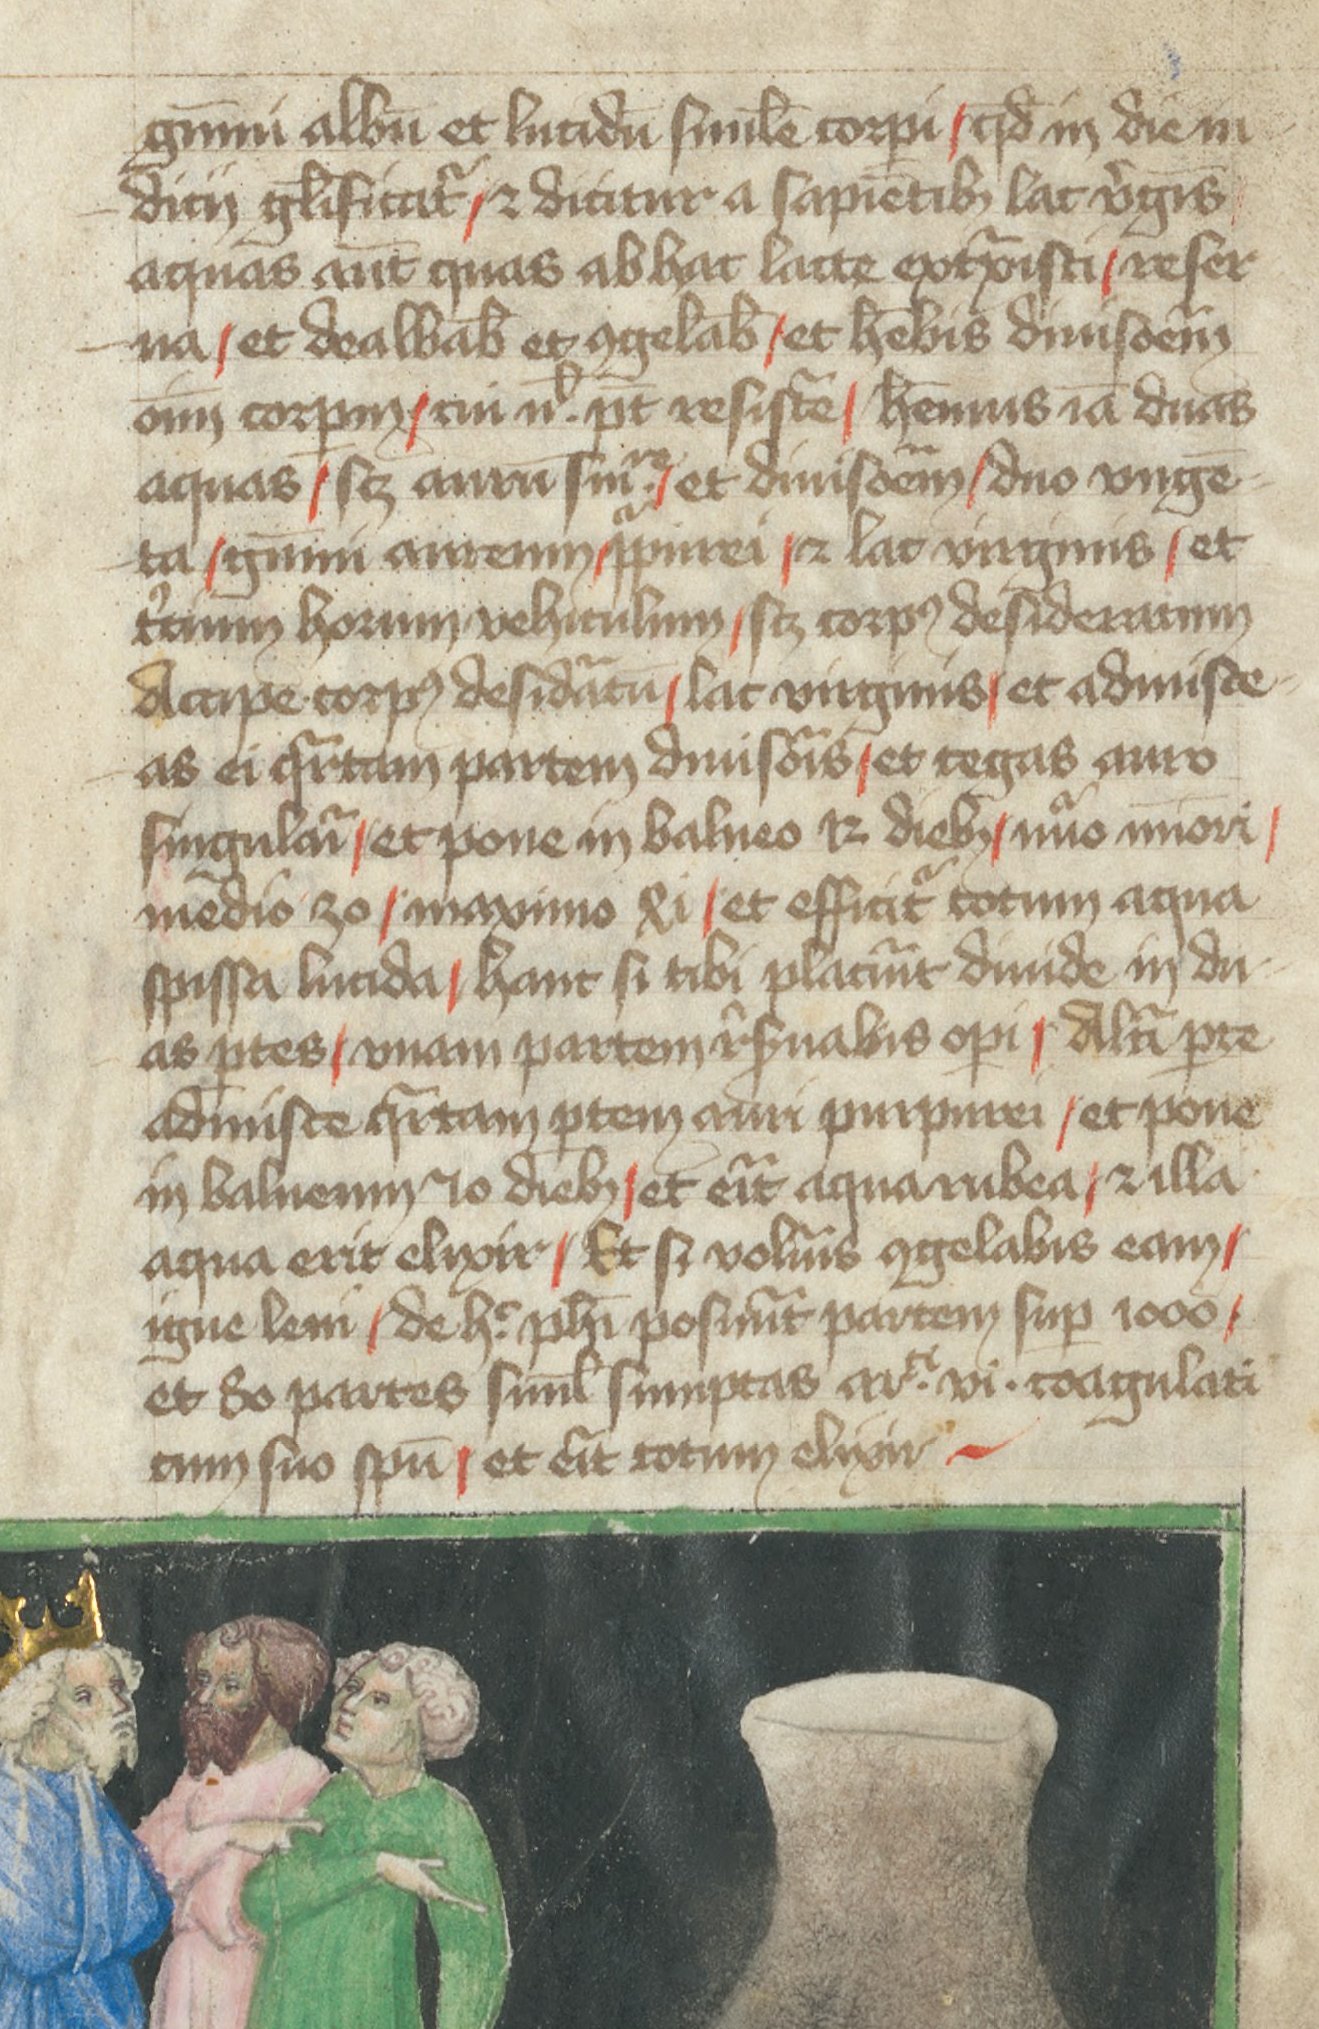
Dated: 1400–1499